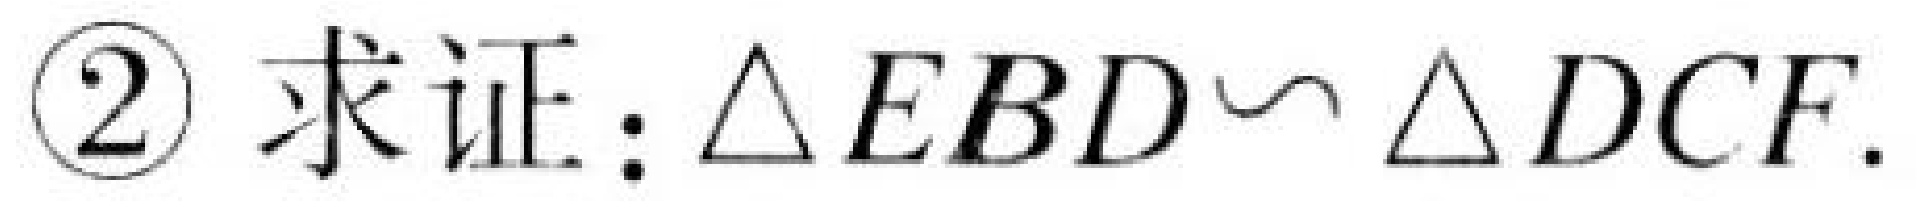
\textcircled{2} 求证：$\triangle EBD\sim\triangle DCF$.